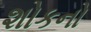
શોકનો